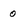
Character: 0